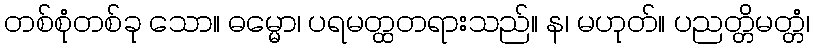
တစ်စုံတစ်ခု သော။ ဓမ္မော၊ ပရမတ္ထတရားသည်။ န၊ မဟုတ်။ ပညတ္တိမတ္တံ၊